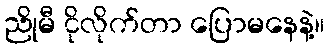
ညိုမီ ငိုလိုက်တာ ပြောမနေနဲ့။